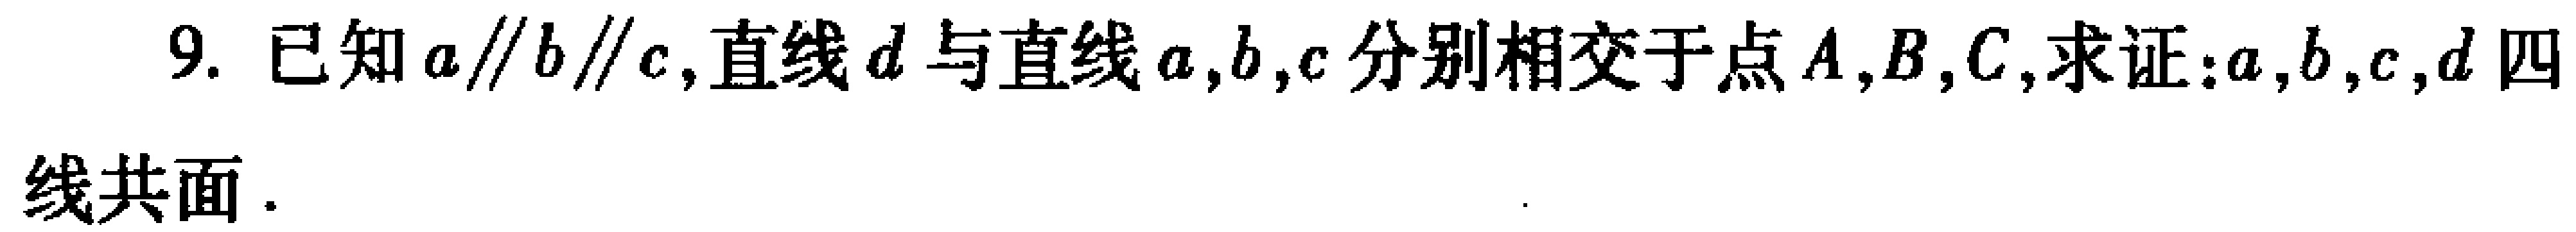
9. 已知\(a\parallel b\parallel c\)，直线\(d\)与直线\(a,b,c\)分别相交于点\(A,B,C\)，求证：\(a,b,c,d\)四线共面.